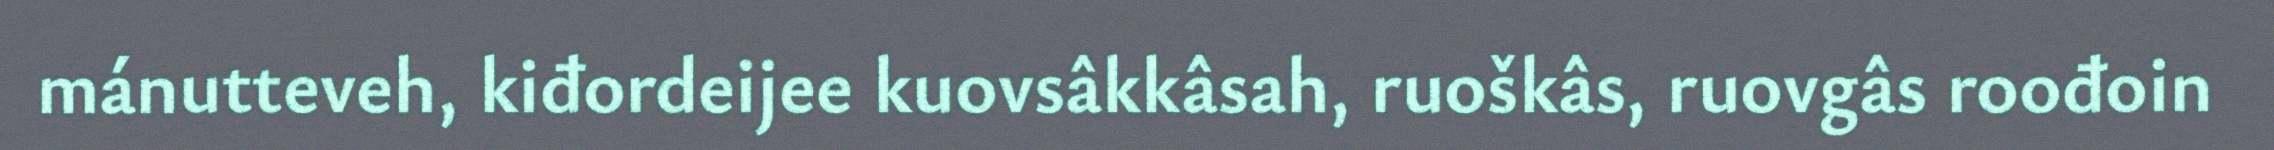
mánutteveh, kiđordeijee kuovsâkkâsah, ruoškâs, ruovgâs roođoin